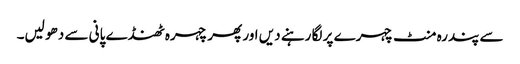
سے پندرہ منٹ چہرے پر لگا رہنے دیں اور پھر چہرہ ٹھنڈے پانی سے دھو لیں۔